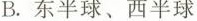
B.东半球、西半球